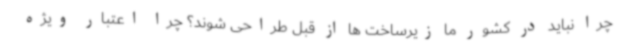
چرا نباید در کشور ما زیرساخت ها از قبل طراحی شوند؟ چرا اعتبار ویژه